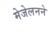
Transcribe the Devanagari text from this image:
मेजेलनने